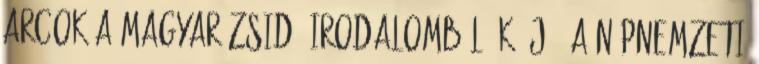
Arcok a magyar zsidó irodalomból. K. J., a népnemzeti